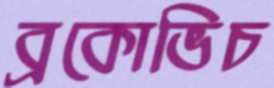
ব্রকোভিচ